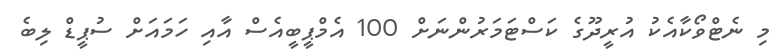
މި ނެޓްވޯކާއެކު އުރީދޫގެ ކަސްޓަމަރުންނަށް 100 އެމްޕީބީއެސް އާއި ހަމައަށް ސުޕީޑް ލިބެ